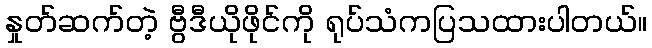
နှုတ်ဆက်တဲ့ ဗွီဒီယိုဖိုင်ကို ရုပ်သံကပြသထားပါတယ်။